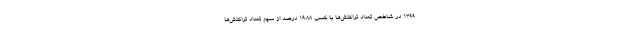
1399 در شاخص تعداد تراکنش‌ها با کسب 19.88 درصد از سهم تعداد تراکنش‌ها